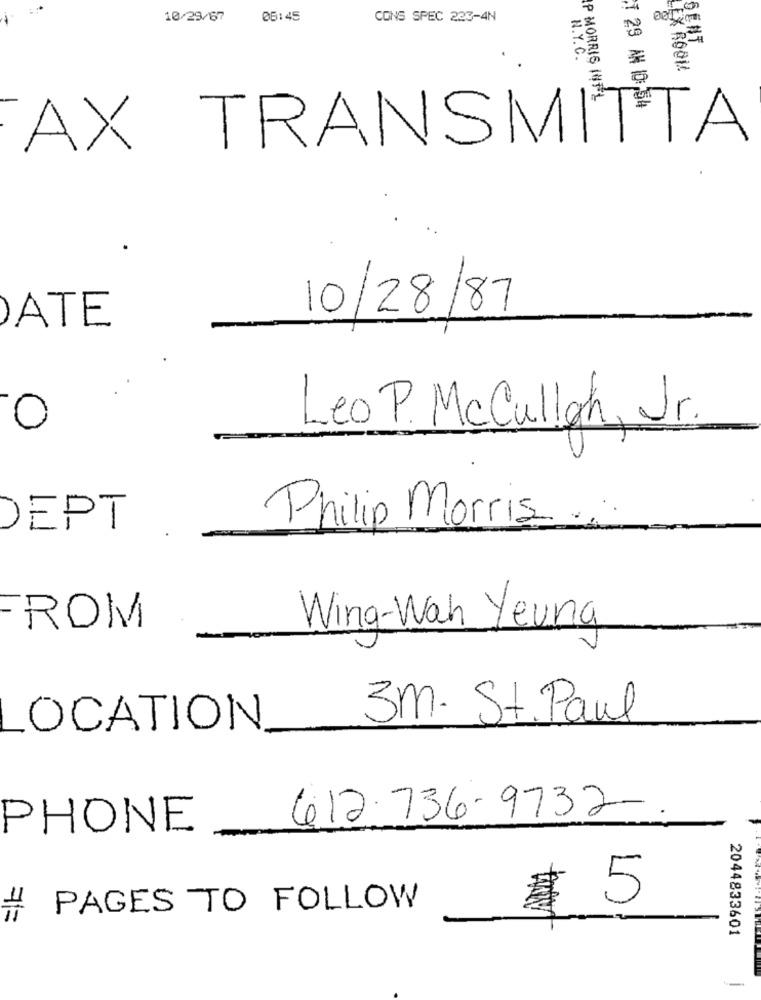
10/29/67
08:45
CONS SPEC 223-4N
SENT
N.Y.C.
LEX ROOM
P MORRIS INT L
T 29 AN 10,54
AX TRANSMITTA
10/28/87
ATE
Leo P. McCulloch, Jr.
O
DEPT
Philip Morris.
FROM
Wing-Wah Yeuna
3m. St. Paul
LOCATION
612. 736-9732 -.
PHONE
₹ 5
PAGES TO FOLLOW
7=
2044833601